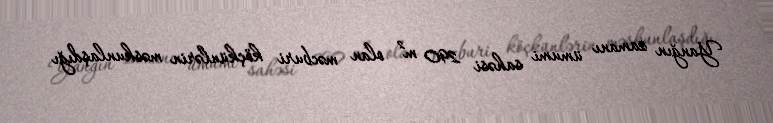
Yanğın zamanı ümumi sahəsi 290 m² olan məcburi köçkünlərin məskunlaşdığı